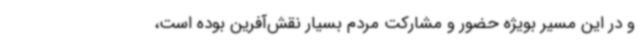
و در این مسیر بویژه حضور و مشارکت مردم بسیار نقش‌آفرین بوده است،